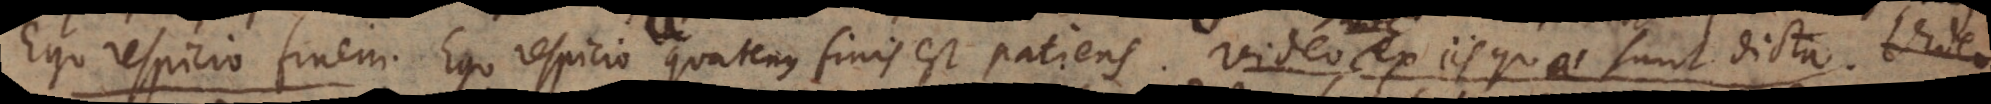
Ego respicio finem. Ego respicio quatenus finis est patiens. Video hoc ex iis quae sunt dicta.